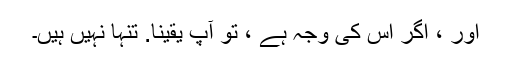
اور ، اگر اس کی وجہ ہے ، تو آپ یقینا. تنہا نہیں ہیں۔